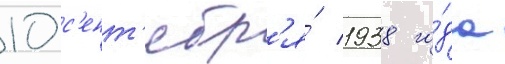
10 с'ент'ябр'я́ 1938 го́да